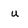
Character: u